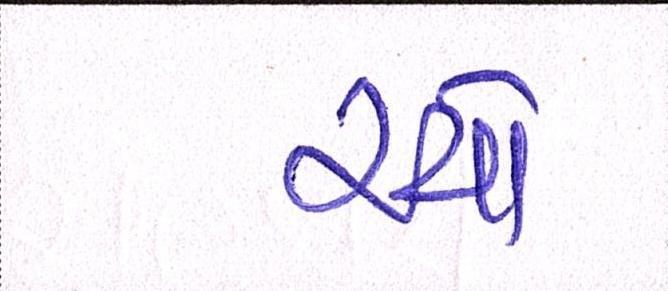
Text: રચો